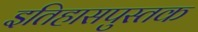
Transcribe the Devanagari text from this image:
इतिहासपुस्तक